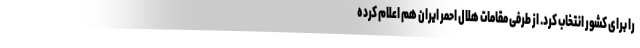
را برای کشور انتخاب کرد. از طرفی مقامات هلال احمر ایران هم اعلام کرده